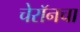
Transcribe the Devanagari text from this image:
चेरॉनचा